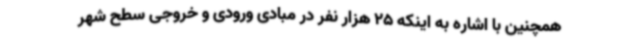
همچنین با اشاره به اینکه 25 هزار نفر در مبادی ورودی و خروجی سطح شهر